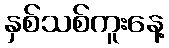
နှစ်သစ်ကူးနေ့